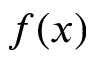
f ( x )